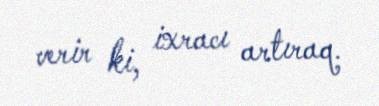
verir ki, ixracı artıraq.